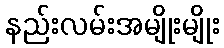
နည်းလမ်းအမျိုးမျိုး